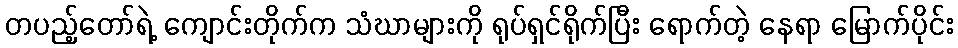
တပည့်တော်ရဲ့ ကျောင်းတိုက်က သံဃာများကို ရုပ်ရှင်ရိုက်ပြီး ရောက်တဲ့ နေရာ မြောက်ပိုင်း